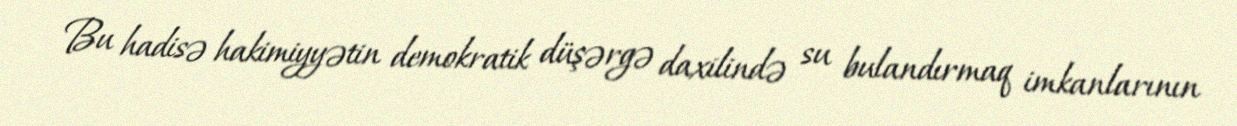
Bu hadisə hakimiyyətin demokratik düşərgə daxilində su bulandırmaq imkanlarının